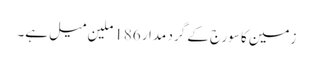
زمین کا سورج کے گرد مدار 186 ملین میل ہے۔